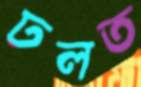
ঢলত